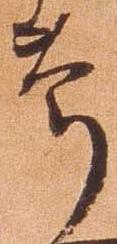
節